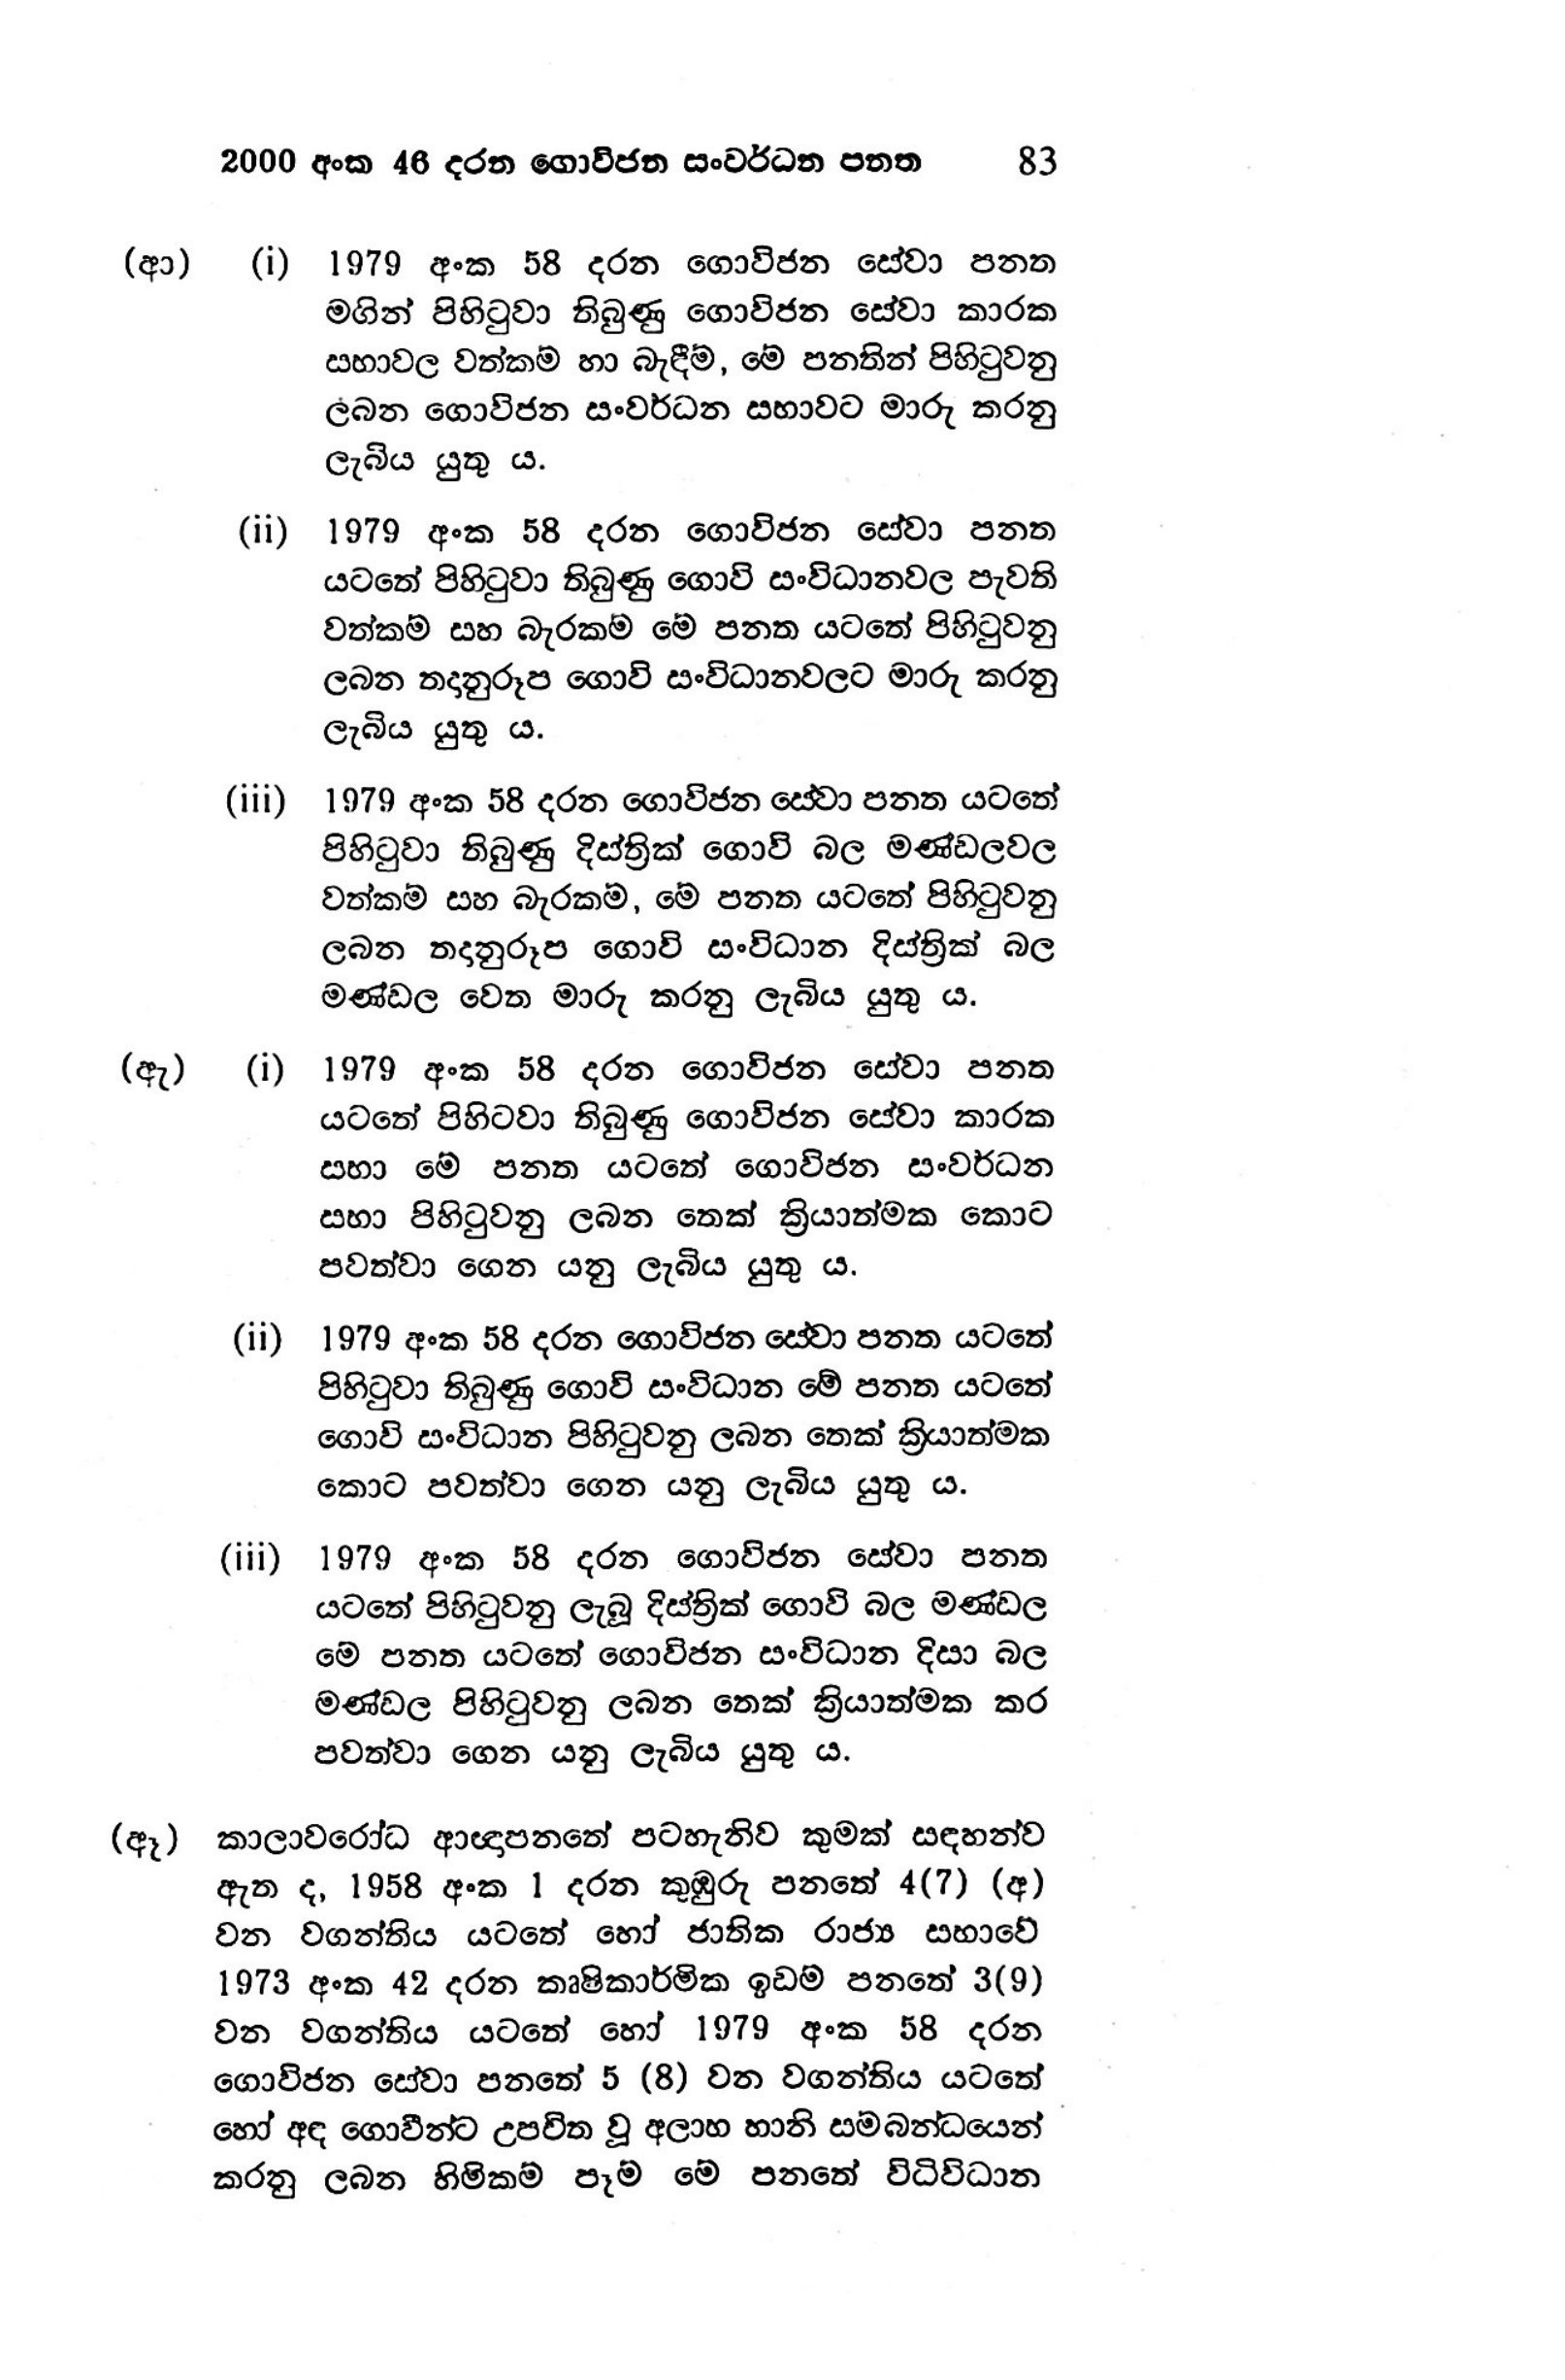
2000 අංක 46 දරන ගොවිජන සංවර්ධන පනත 83

(ආ) (i) 1979 අංක 58 දරන ගොවිජන සේවා පනත
මගින් පිහිටුවා තිබුණු ගොවිජන සේවා කාරක
සභාවල වත්කම් හා බැඳීම්, මේ පනතින් පිහිටුවනු
ලබන ගොවිජන සංවර්ධන සභාවට මාරු කරනු
ලැබිය යුතු ය.

(ii) 1979 අංක 58 දරන ගොවිජන සේවා පනත
යටතේ පිහිටුවා තිබුණු ගොවි සංවිධානවල පැවති
වත්කම් සහ බැරකම මේ පනත යටතේ පිහිටුවනු
ලබන තදානුරූප ගොවි සංවිධානවලට මාරු කරනු
ලැබිය යුතු ය.

(iii) 1979 අංක 58 දරන ගොවිජන සේවා පනත යටතේ
පිහිටුවා තිබුණු දිස්ත්‍රික් ගොවි බල මණ්ඩලවල
වත්කම් සහ බැරකම්, මේ පනත යටතේ පිහිටුවනු
ලබන තදානුරූප ගොවි සංවිධාන දිස්ත්‍රික් බල
මණ්ඩල වෙත මාරු කරනු ලැබිය යුතු ය.

(ඇ) (i) 1979 අංක 58 දරන ගොවිජන සේවා පනත
යටතේ පිහිටවා තිබුණු ගොවිජන සේවා කාරක
සභා මේ පනත යටතේ ගොවිජන සංවර්ධන
සභා පිහිටුවනු ලබන තෙක් ක්‍රියාත්මක කොට
පවත්වා ගෙන යනු ලැබිය යුතු ය.

(ii) 1979 අංක 58 දරන ගොවිජන සේවා පනත යටතේ
පිහිටුවා තිබුණු ගොවි සංවිධාන මේ පනත යටතේ
ගොවි සංවිධාන පිහිටුවනු ලබන තෙක් ක්‍රියාත්මක
කොට පවත්වා ගෙන යනු ලැබිය යුතු ය.

(iii) 1979 අංක 58 දරන ගොවිජන සේවා පනත
යටතේ පිහිටුවනු ලැබූ දිස්ත්‍රික් ගොවි බල මණ්ඩල
මේ පනත යටතේ ගොවිජන සංවිධාන දිසා බල
මණ්ඩල පිහිටුවනු ලබන තෙක් ක්‍රියාත්මක කර
පවත්වා ගෙන යනු ලැබිය යුතු ය.

(ඈ) කාලාවරෝධ ආඥාපනතේ පටහැනිව කුමක් සඳහන්ව
ඇත ද, 1958 අංක 1 දරන කුඹුරු පනතේ 4(7) (අ)
වන වගන්තිය යටතේ හෝ ජාතික රාජ්‍ය සභාවේ
1973 අංක 42 දරන කෘෂිකාර්මික ඉඩම් පනතේ 3(9)
වන වගන්තිය යටතේ හෝ 1979 අංක 58 දරන
ගොවිජන සේවා පනතේ 5 (8) වන වගන්තිය යටතේ
හෝ අඳ ගොවීන්ට උපවිත වූ අලාභ හානි සම්බන්ධයෙන්
කරනු ලබන හිමිකම් පෑම මේ පනතේ විධිවිධාන